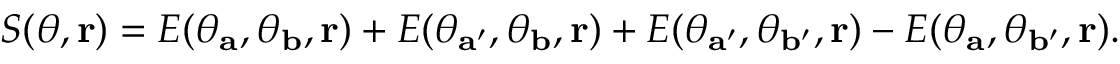
\begin{array} { r } { S ( \theta , { \bf r } ) = E ( \theta _ { \mathbf { a } } , \theta _ { \mathbf { b } } , { \bf r } ) + E ( \theta _ { \mathbf { a } ^ { \prime } } , \theta _ { \mathbf { b } } , { \bf r } ) + E ( \theta _ { \mathbf { a } ^ { \prime } } , \theta _ { \mathbf { b } ^ { \prime } } , { \bf r } ) - E ( \theta _ { \mathbf { a } } , \theta _ { \mathbf { b } ^ { \prime } } , { \bf r } ) . } \end{array}